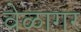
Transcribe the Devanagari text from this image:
वेळागर